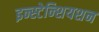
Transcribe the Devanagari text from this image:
इन्स्टेन्शियशन